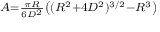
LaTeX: \scriptstyle A = { \frac { \pi R } { 6 D ^ { 2 } } } \left( ( R ^ { 2 } + 4 D ^ { 2 } ) ^ { 3 / 2 } - R ^ { 3 } \right)